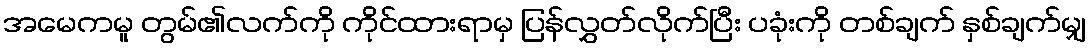
အမေကမူ တွမ်၏လက်ကို ကိုင်ထားရာမှ ပြန်လွှတ်လိုက်ပြီး ပခုံးကို တစ်ချက် နှစ်ချက်မျှ